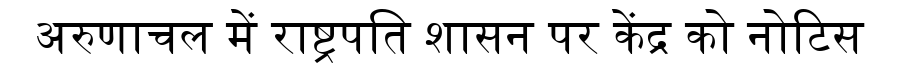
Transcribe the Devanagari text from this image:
अरुणाचल में राष्ट्रपति शासन पर केंद्र को नोटिस